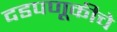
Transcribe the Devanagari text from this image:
दडपणूकीचे